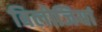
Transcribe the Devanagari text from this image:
बिलोजियां